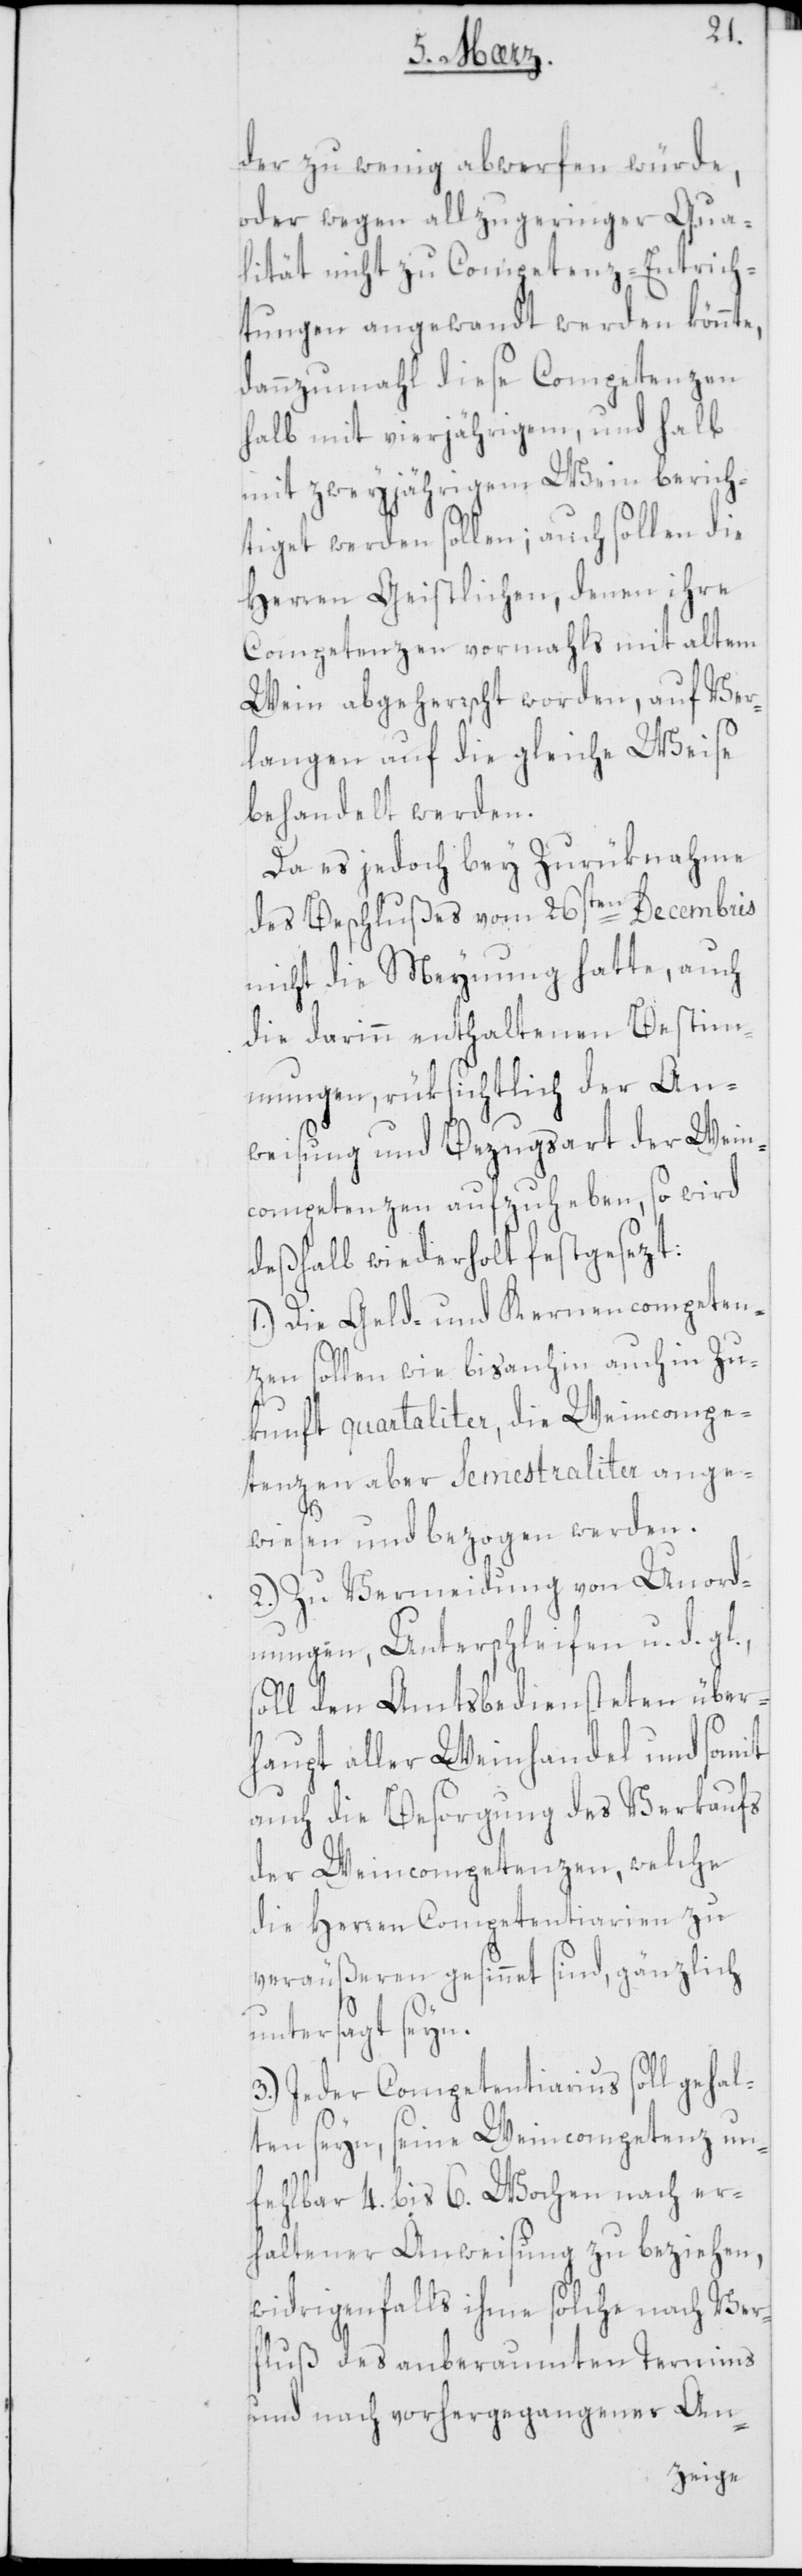
der zu wenig abwerfen würde,
oder wegen allzu geringer Qua¬
lität nicht zu Competenz-Entrich¬
tungen angewandt werden könnte,
dannzumahl diese Competenzen
halb mit vierjährigem, und halb
mit zweyjährigem Wein berich¬
tiget werden sollen; auch sollen die
Herren Geistlichen, denen ihre
Competenzen vormahls mit altem
Wein abgeherrscht worden, auf Ver¬
langen auf die gleiche Weise
behandelt werden.
Da es jedoch bey Zurüknahme
des Beschlußes vom 26sten Decembris
nicht die Meynung hatte, auch
die darinn enthaltenen Bestim¬
mungen, rüksichtlich der An¬
weisung und Bezugsart der Wein¬
competenzen aufzuheben, so wird
deßhalb wiederholt festgesezt:
1.) Die Geld- und Kernencompeten¬
zen sollen wie bisanhin auch in Zu¬
kunft quartaliter, die Weincompe¬
tenzen aber Semestraliter ange¬
wiesen und bezogen werden.
2.) Zu Vermeidung von Unord¬
nungen, Unterschleifen u. d. g¬
soll den Amtsbediensteten über¬
haupt aller Weinhandel und somit
auch die Besorgung des Verkaufs
der Weincompetenzen, welche
die Herren Competentiarien zu
veräußeren gesinnet sind, gänzlich
l.,
untersagt seyn.
3.) Jeder Competentiarius soll gehal¬
ten seyn, seine Weincompetenz un¬
fehlbar 4. bis 6. Wochen nach er¬
haltener Anweisung zu beziehen,
widrigenfalls ihme solche nach Ver¬
fluß des anberaumten Termins
und nach vorhergegangener An-